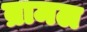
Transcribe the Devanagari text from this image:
ब्रामल